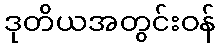
ဒုတိယအတွင်းဝန်